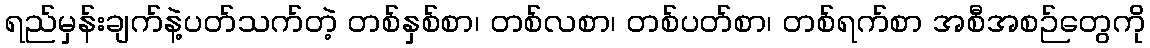
ရည်မှန်းချက်နဲ့ပတ်သက်တဲ့ တစ်နှစ်စာ၊ တစ်လစာ၊ တစ်ပတ်စာ၊ တစ်ရက်စာ အစီအစဉ်တွေကို